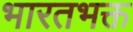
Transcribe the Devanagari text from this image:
भारतभक्त